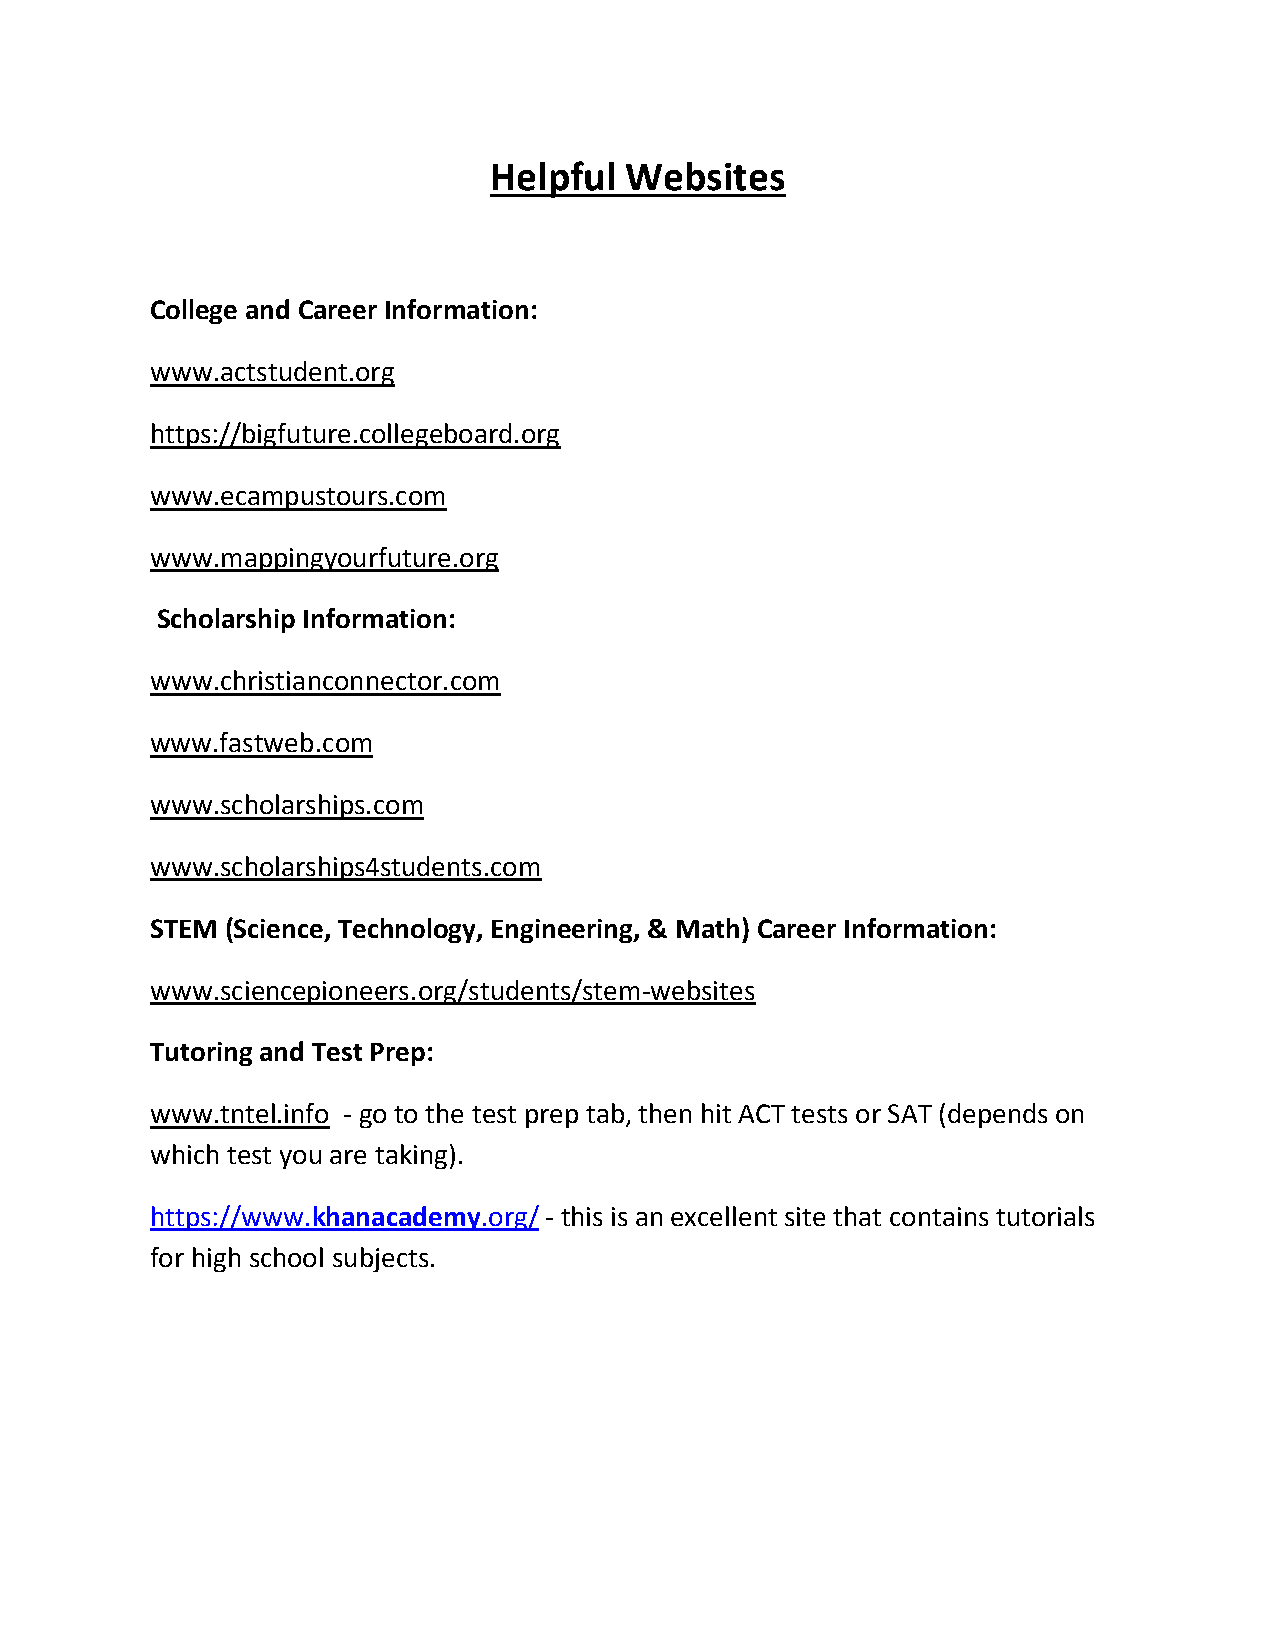
Helpful  Websites
 College and Career Information:
 www.actstudent.org
 https://bigfuture.collegeboard.org
 www.ecampustours.com
 www.mappingyourfuture.org
 Scholarship Information:
 www.christianconnector.com
 www.fastweb.com
 www.scholarships.com
 www.scholarships4students.com
 STEM (Science, Technology, Engineering, & Math) Career Information:
 www.sciencepioneers.org/students/stem-websites
 Tutoring and Test Prep:
 www.tntel.info - go to the test prep tab, then hit ACT tests or SAT (depends on
 which test you are taking).
 https://www.khanacademy.org/ - this is an excellent site that contains tutorials
 for high school subjects.